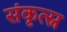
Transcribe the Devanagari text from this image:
संकृत्स्न